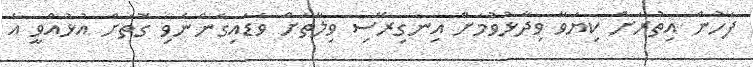
ފަހުން އިތުރަށް ކިޔަވާ ވިދާޅުވުމަށް އިނގިރޭސި ވިލާތަށް ވަޑައިގެންނެވި ގޮތަށް އުޅުއްވީ އެ